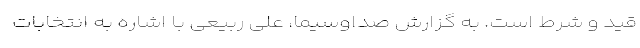
قید و شرط است. به گزارش صداوسیما، علی ربیعی با اشاره به انتخابات